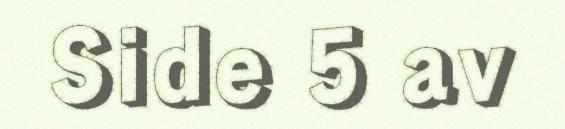
Side 5 av